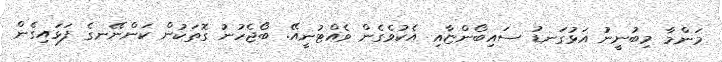
މަންމާ މިބުނީނުު އަޅުގަނޑު ސައިބޯންޏާއި އެކުވެގެން ވެއްޓުނީއޭ. ބޯޖެހުނު ގޮތަކުން ކަންނޭނގެ ފަޅައިގެން